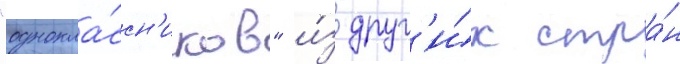
"однокла́ссн'иков" и́з друг'и́х стра́н